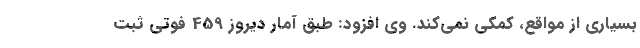
بسیاری از مواقع، کمکی نمی‌کند. وی افزود: طبق آمار دیروز 459 فوتی ثبت